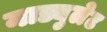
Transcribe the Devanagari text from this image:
माड्युलेट